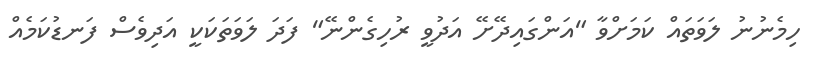
ހިމެނުނު ލަވަތައް ކަމަށްވާ "އަންގައިދޭށޭ އަދުވީ ރުހިގެންނޭ" ފަދަ ލަވަތަކަކީ އަދިވެސް ފަނޑުކަމެއް